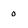
Character: 0